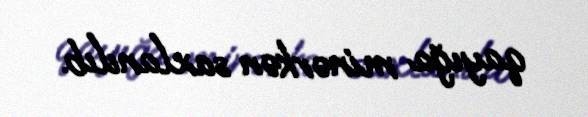
qayığa minərkən saxlanılıb.